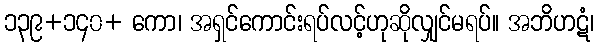
၁၃၉+၁၄၀+ ကော၊ အရှင်ကောင်းရပ်လင့်ဟုဆိုလျှင်မရပ်။ အဘိဟဋံ၊